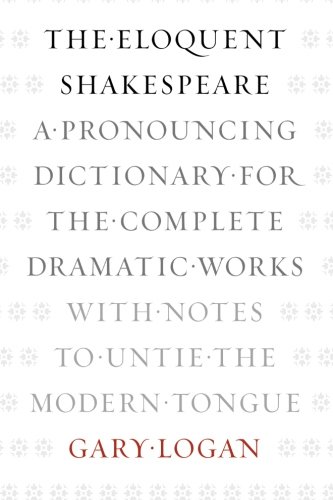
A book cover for The Eloquent Shakespeare: A Pronouncing Dictionary for the Complete Dramatic Works with Notes to Untie the Modern Tongue; Gary Logan; Humor & Entertainment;